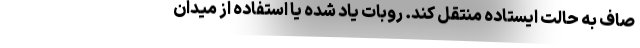
صاف به حالت ایستاده منتقل کند. روبات یاد شده یا استفاده از میدان